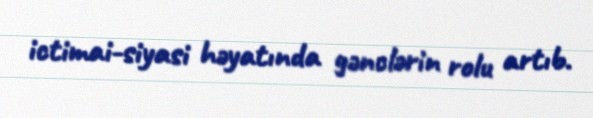
ictimai-siyasi həyatında gənclərin rolu artıb.